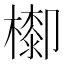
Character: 𣛺